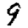
Digit: 9